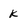
Character: k